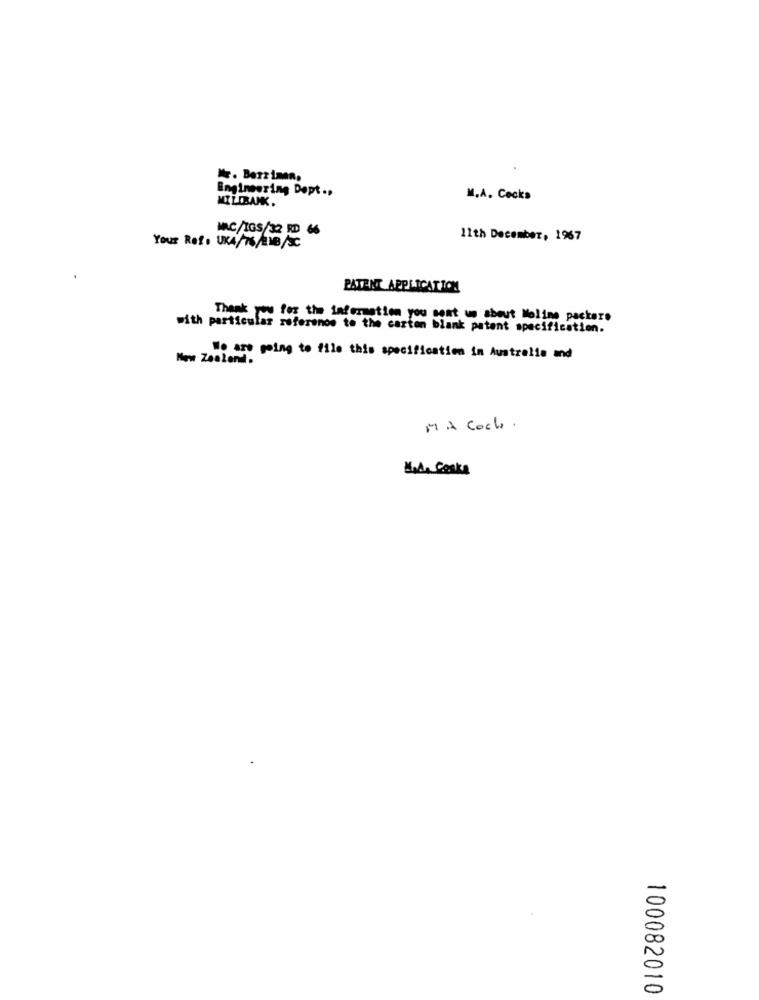
Mr. Berziman,
Engineering Dept ..
MILIBANK.
M.A. Cecks
MAC/IGS/32 RD 66
11th December, 1967
Your Roto UKA/76/B/SC
PATENT APPLICATION
Thank you for the information you sent us about Moline packers
with particular reference to the carton blank patent specification.
New Zealand.
We are going to file this specification in Australie and
MA Coch .
Mod. Coska
100082010